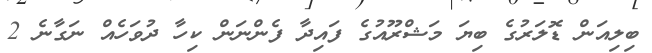
ބިލިއަން ޑޮލަރުގެ ބިޔަ މަޝްރޫއުގެ ފައިދާ ފެންނަން ކިހާ ދުވަހެއް ނަގާނެ 2